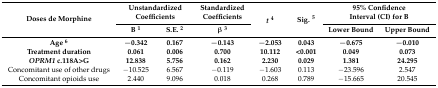
<table><thead><tr><td rowspan="2"><b>Doses de Morphine</b></td><td colspan="2"><b>Unstandardized Coefficients</b></td><td><b>Standardized Coefficients</b></td><td rowspan="2"><b><i>t</i><sup>4</sup></b></td><td rowspan="2"><b>Sig. <sup>5</sup></b></td><td colspan="2"><b>95% Confidence Interval (CI) for B</b></td></tr><tr><td><b>B <sup>1</sup></b></td><td><b>S.E. <sup>2</sup></b></td><td><b>β <sup>3</sup></b></td><td><b>Lower Bound</b></td><td><b>Upper Bound</b></td></tr></thead><tbody><tr><td><b>Age <sup>6</sup></b></td><td><b>−0.342</b></td><td><b>0.167</b></td><td><b>−0.143</b></td><td><b>−2.053</b></td><td><b>0.043</b></td><td><b>−0.675</b></td><td><b>−0.010</b></td></tr><tr><td><b>Treatment duration</b></td><td><b>0.061</b></td><td><b>0.006</b></td><td><b>0.700</b></td><td><b>10.112</b></td><td><b>&lt;0.001</b></td><td><b>0.049</b></td><td><b>0.073</b></td></tr><tr><td><b><i>OPRM1</i> c.118A&gt;G</b></td><td><b>12.838</b></td><td><b>5.756</b></td><td><b>0.162</b></td><td><b>2.230</b></td><td><b>0.029</b></td><td><b>1.381</b></td><td><b>24.295</b></td></tr><tr><td>Concomitant use of other drugs</td><td>−10.525</td><td>6.567</td><td>−0.119</td><td>−1.603</td><td>0.113</td><td>−23.596</td><td>2.547</td></tr><tr><td>Concomitant opioids use</td><td>2.440</td><td>9.096</td><td>0.018</td><td>0.268</td><td>0.789</td><td>−15.665</td><td>20.545</td></tr></tbody></table>